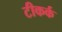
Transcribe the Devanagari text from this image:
टीकर्क